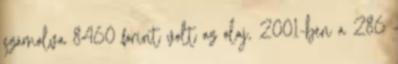
számolva 8460 forint volt az olaj, 2001-ben a 286